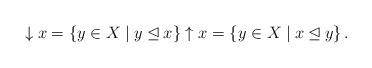
LaTeX: \begin{align*}\downarrow x=\{y\in X \mid y\unlhd x\} \uparrow x=\{y\in X \mid x\unlhd y\}\,.\end{align*}